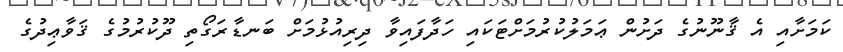
ކަމަށާއި އެ ޤާނޫނުގެ ދަށުން ޢަމަލުކުރުމަށްޓަކައި ހަދާފައިވާ ދިރިއުޅުމަށް ބަނޑާރަގޯތި ދޫކުރުމުގެ ޤަވާޢިދުގެ